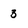
Character: 3